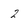
Character: 2